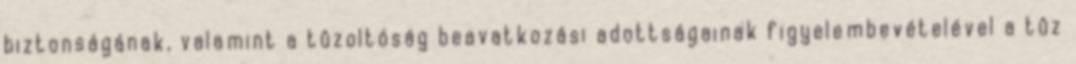
biztonságának, valamint a tûzoltóság beavatkozási adottságainak figyelembevételével a tûz